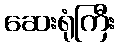
ဆေးရုံကြီး